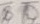
Text: 80